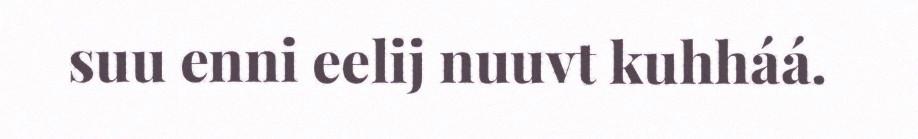
suu enni eelij nuuvt kuhháá.